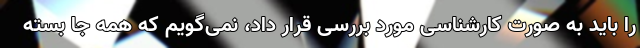
را باید به صورت کارشناسی مورد بررسی قرار داد، نمی‌گویم که همه جا بسته